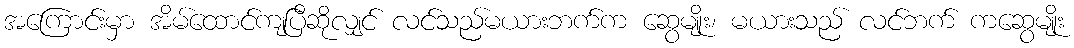
အကြောင်းမှာ အိမ်ထောင်ကျပြီဆိုလျှင် လင်သည်မယားဘက်က ဆွေမျိုး၊ မယားသည် လင်ဘက် ကဆွေမျိုး